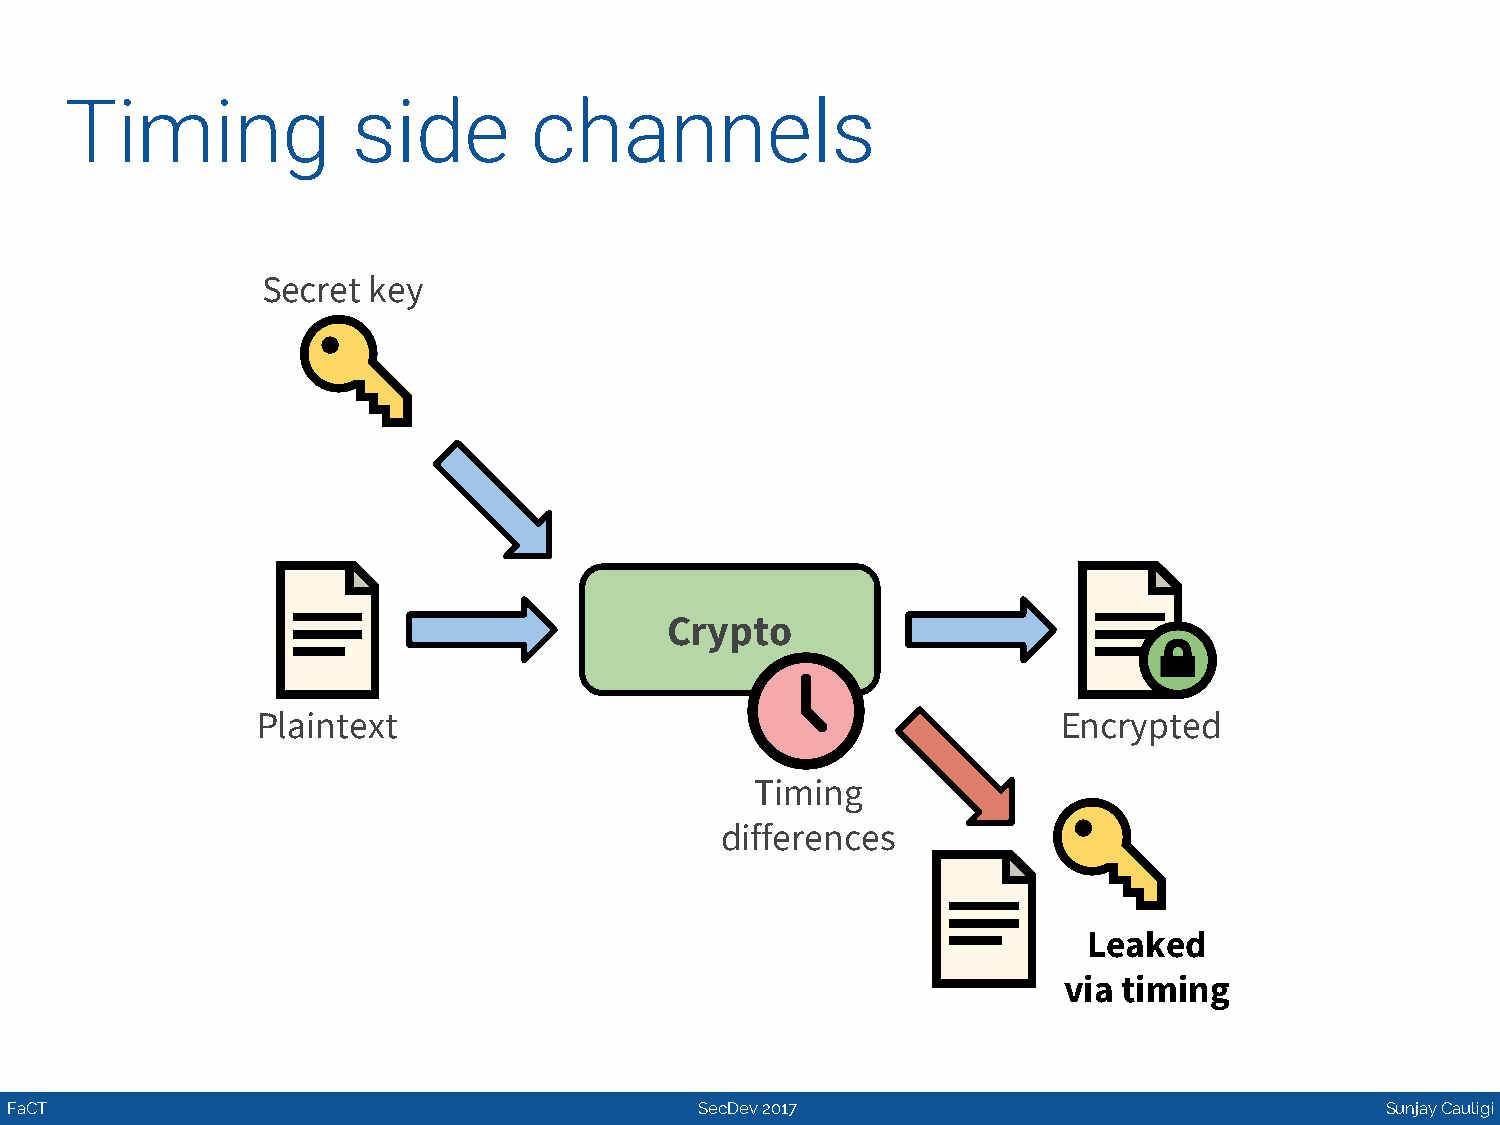
Timing             side        channels
 Secret key
 Crypto
 Plaintext                                            Encrypted
 Timing
 differences
 Leaked
 via timing
 FaCT                                          SecDev 2017                                   Sunjay Cauligi